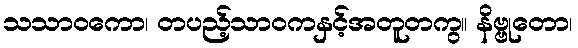
သသာဝကော၊ တပည့်သာဝကနှင့်အတူတကွ။ နိဗ္ဗုတော၊